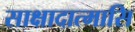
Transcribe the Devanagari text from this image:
साक्षादात्मासि